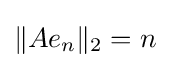
\|Ae_{n}\|_{2}=n